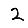
Digit: 2